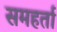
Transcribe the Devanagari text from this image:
समहर्ता